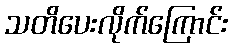
သတိပေးလိုက်ကြောင်း